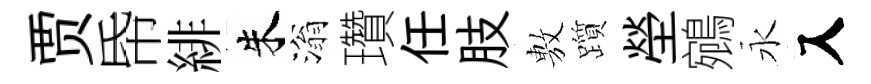
贾帋緋朱滃瓚任肢𢾾躓塋鵷永入